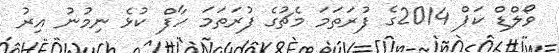
ވޯލްޑް ކަޕް 2014ގެ ފުރަތަމަ މެޗުގެ ފުރަތަމަ ހާފް ކުޅެ ނިމުނު އިރު